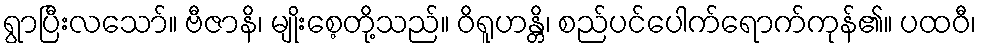
ရွာပြီးလသော်။ ဗီဇာနိ၊ မျိုးစေ့တို့သည်။ ဝိရူဟန္တိ၊ စည်ပင်ပေါက်ရောက်ကုန်၏။ ပထဝီ၊